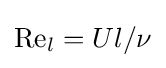
\mathrm {Re} _{l}=Ul/\nu